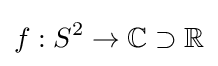
f:S^{2}\to \mathbb {C} \supset \mathbb {R}